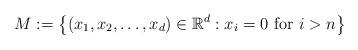
LaTeX: \begin{align*}M := \left\{ (x_1,x_2, \dots, x_d) \in \mathbb{R}^d : x_i=0 \textrm{ for } i>n \right\}\end{align*}